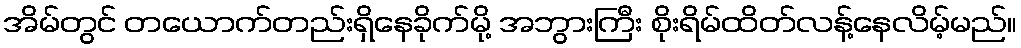
အိမ်တွင် တယောက်တည်းရှိနေခိုက်မို့ အဘွားကြီး စိုးရိမ်ထိတ်လန့်နေလိမ့်မည်။